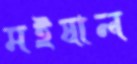
মইষাল